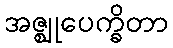
အဇ္ဈုပေက္ခိတာ